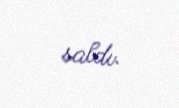
saldı.